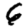
Digit: 6